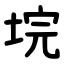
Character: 垸